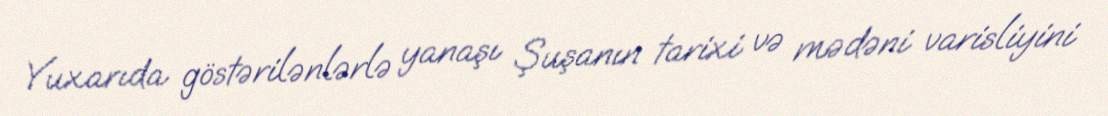
Yuxarıda göstərilənlərlə yanaşı Şuşanın tarixi və mədəni varisliyini